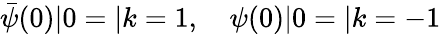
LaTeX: {\bar{\psi}}(0)|0=|k=1,\quad\psi(0)|0=|k=-1